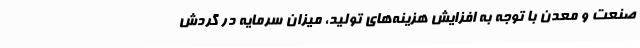
صنعت و معدن با توجه به افزایش هزینه‌های تولید، میزان سرمایه در گردش